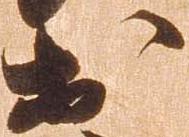
於